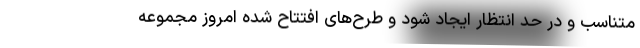
متناسب و در حد انتظار ایجاد شود و طرح‌های افتتاح شده امروز مجموعه